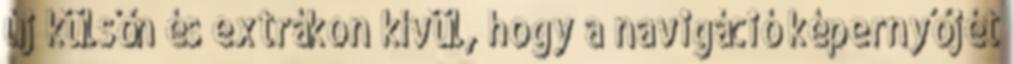
új külsőn és extrákon kívül, hogy a navigáció képernyőjét